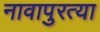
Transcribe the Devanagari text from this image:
नावापुरत्या